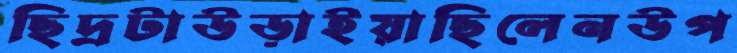
ছিদ্রটাউড়াইয়াছিলেনউপ